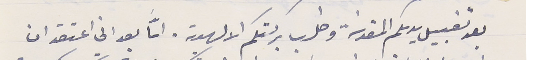
بعد تقبيل يديكم المقدسَة وطلب بركتكم الالهية. امَّا بعد اني اعتقد ان